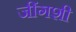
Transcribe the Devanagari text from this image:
जींगशी